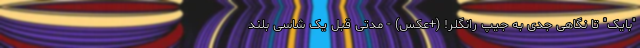
"بایک" تا نگاهی جدی به جیپ رانگلر! (+عکس) - مدتی قبل یک شاسی بلند